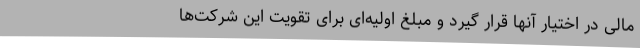
مالی در اختیار آنها قرار گیرد و مبلغ اولیه‌ای برای تقویت این شرکت‌ها